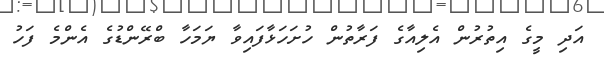
އަދި މީގެ އިތުރުން އެލިއާގެ ފަރާތުން ހުށަހަޅާފައިވާ ޔަމަހާ ބްރޭންޑުގެ އެންމެ ފަހު